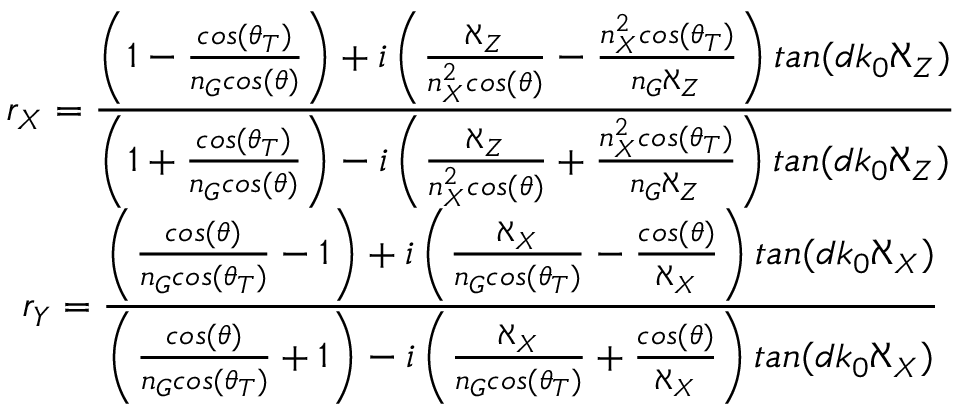
\begin{array} { c c l } { \displaystyle r _ { X } = \frac { \left( 1 - \frac { c o s ( \theta _ { T } ) } { n _ { G } c o s ( \theta ) } \right) + i \left( \frac { \aleph _ { Z } } { n _ { X } ^ { 2 } c o s ( \theta ) } - \frac { n _ { X } ^ { 2 } c o s ( \theta _ { T } ) } { n _ { G } \aleph _ { Z } } \right) t a n ( d k _ { 0 } \aleph _ { Z } ) } { \left( 1 + \frac { c o s ( \theta _ { T } ) } { n _ { G } c o s ( \theta ) } \right) - i \left( \frac { \aleph _ { Z } } { n _ { X } ^ { 2 } c o s ( \theta ) } + \frac { n _ { X } ^ { 2 } c o s ( \theta _ { T } ) } { n _ { G } \aleph _ { Z } } \right) t a n ( d k _ { 0 } \aleph _ { Z } ) } } \\ { \displaystyle r _ { Y } = \frac { \left( \frac { c o s ( \theta ) } { n _ { G } c o s ( \theta _ { T } ) } - 1 \right) + i \left( \frac { \aleph _ { X } } { n _ { G } c o s ( \theta _ { T } ) } - \frac { c o s ( \theta ) } { \aleph _ { X } } \right) t a n ( d k _ { 0 } \aleph _ { X } ) } { \left( \frac { c o s ( \theta ) } { n _ { G } c o s ( \theta _ { T } ) } + 1 \right) - i \left( \frac { \aleph _ { X } } { n _ { G } c o s ( \theta _ { T } ) } + \frac { c o s ( \theta ) } { \aleph _ { X } } \right) t a n ( d k _ { 0 } \aleph _ { X } ) } } \end{array}